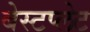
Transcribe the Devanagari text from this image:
बेस्टप्लेट